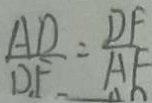
\frac { A D } { D F } = \frac { D F } { A F }